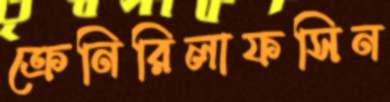
ক্রেনিরিলাফসিন